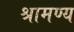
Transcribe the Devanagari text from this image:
श्रामण्य